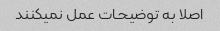
اصلا به توضیحات عمل نمیکنند